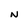
Character: N